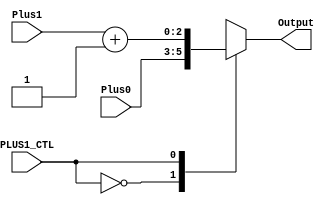
module PLUS1_ADDER(
  input [2:0] Plus1,
  input [2:0] Plus0,
  input PLUS1_CTL,
  output reg [2:0] Output 
);

always@ *
  begin 
     case (PLUS1_CTL) 
		1'b0   : Output = Plus0; 
		1'b1   : Output = Plus1 + 1;
		endcase 
  end
endmodule